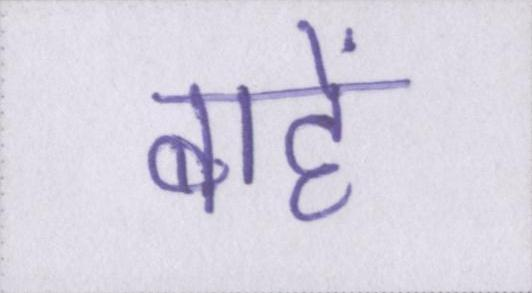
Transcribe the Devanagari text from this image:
बांहें